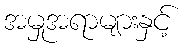
အမှုအရာများနှင့်